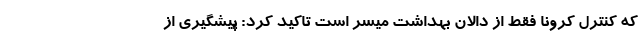
که کنترل کرونا فقط از دالان بهداشت میسر است تاکید کرد: پیشگیری از